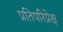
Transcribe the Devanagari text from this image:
प्रतिपरिप्रेक्ष